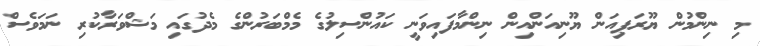
މި ނިންމުން ޔޫރަޕިއަން ޔޫނިއަންއިން ނިންމާފައިވަނީ ކައުންސިލުގެ މެމްބަރުންގެ މެދުގައި މަޝްވަރާކުރި ނަމަވެސް